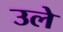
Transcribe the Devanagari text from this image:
उले